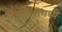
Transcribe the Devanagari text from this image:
बफेलोमध्ये